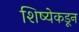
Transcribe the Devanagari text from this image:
शिष्येकडून